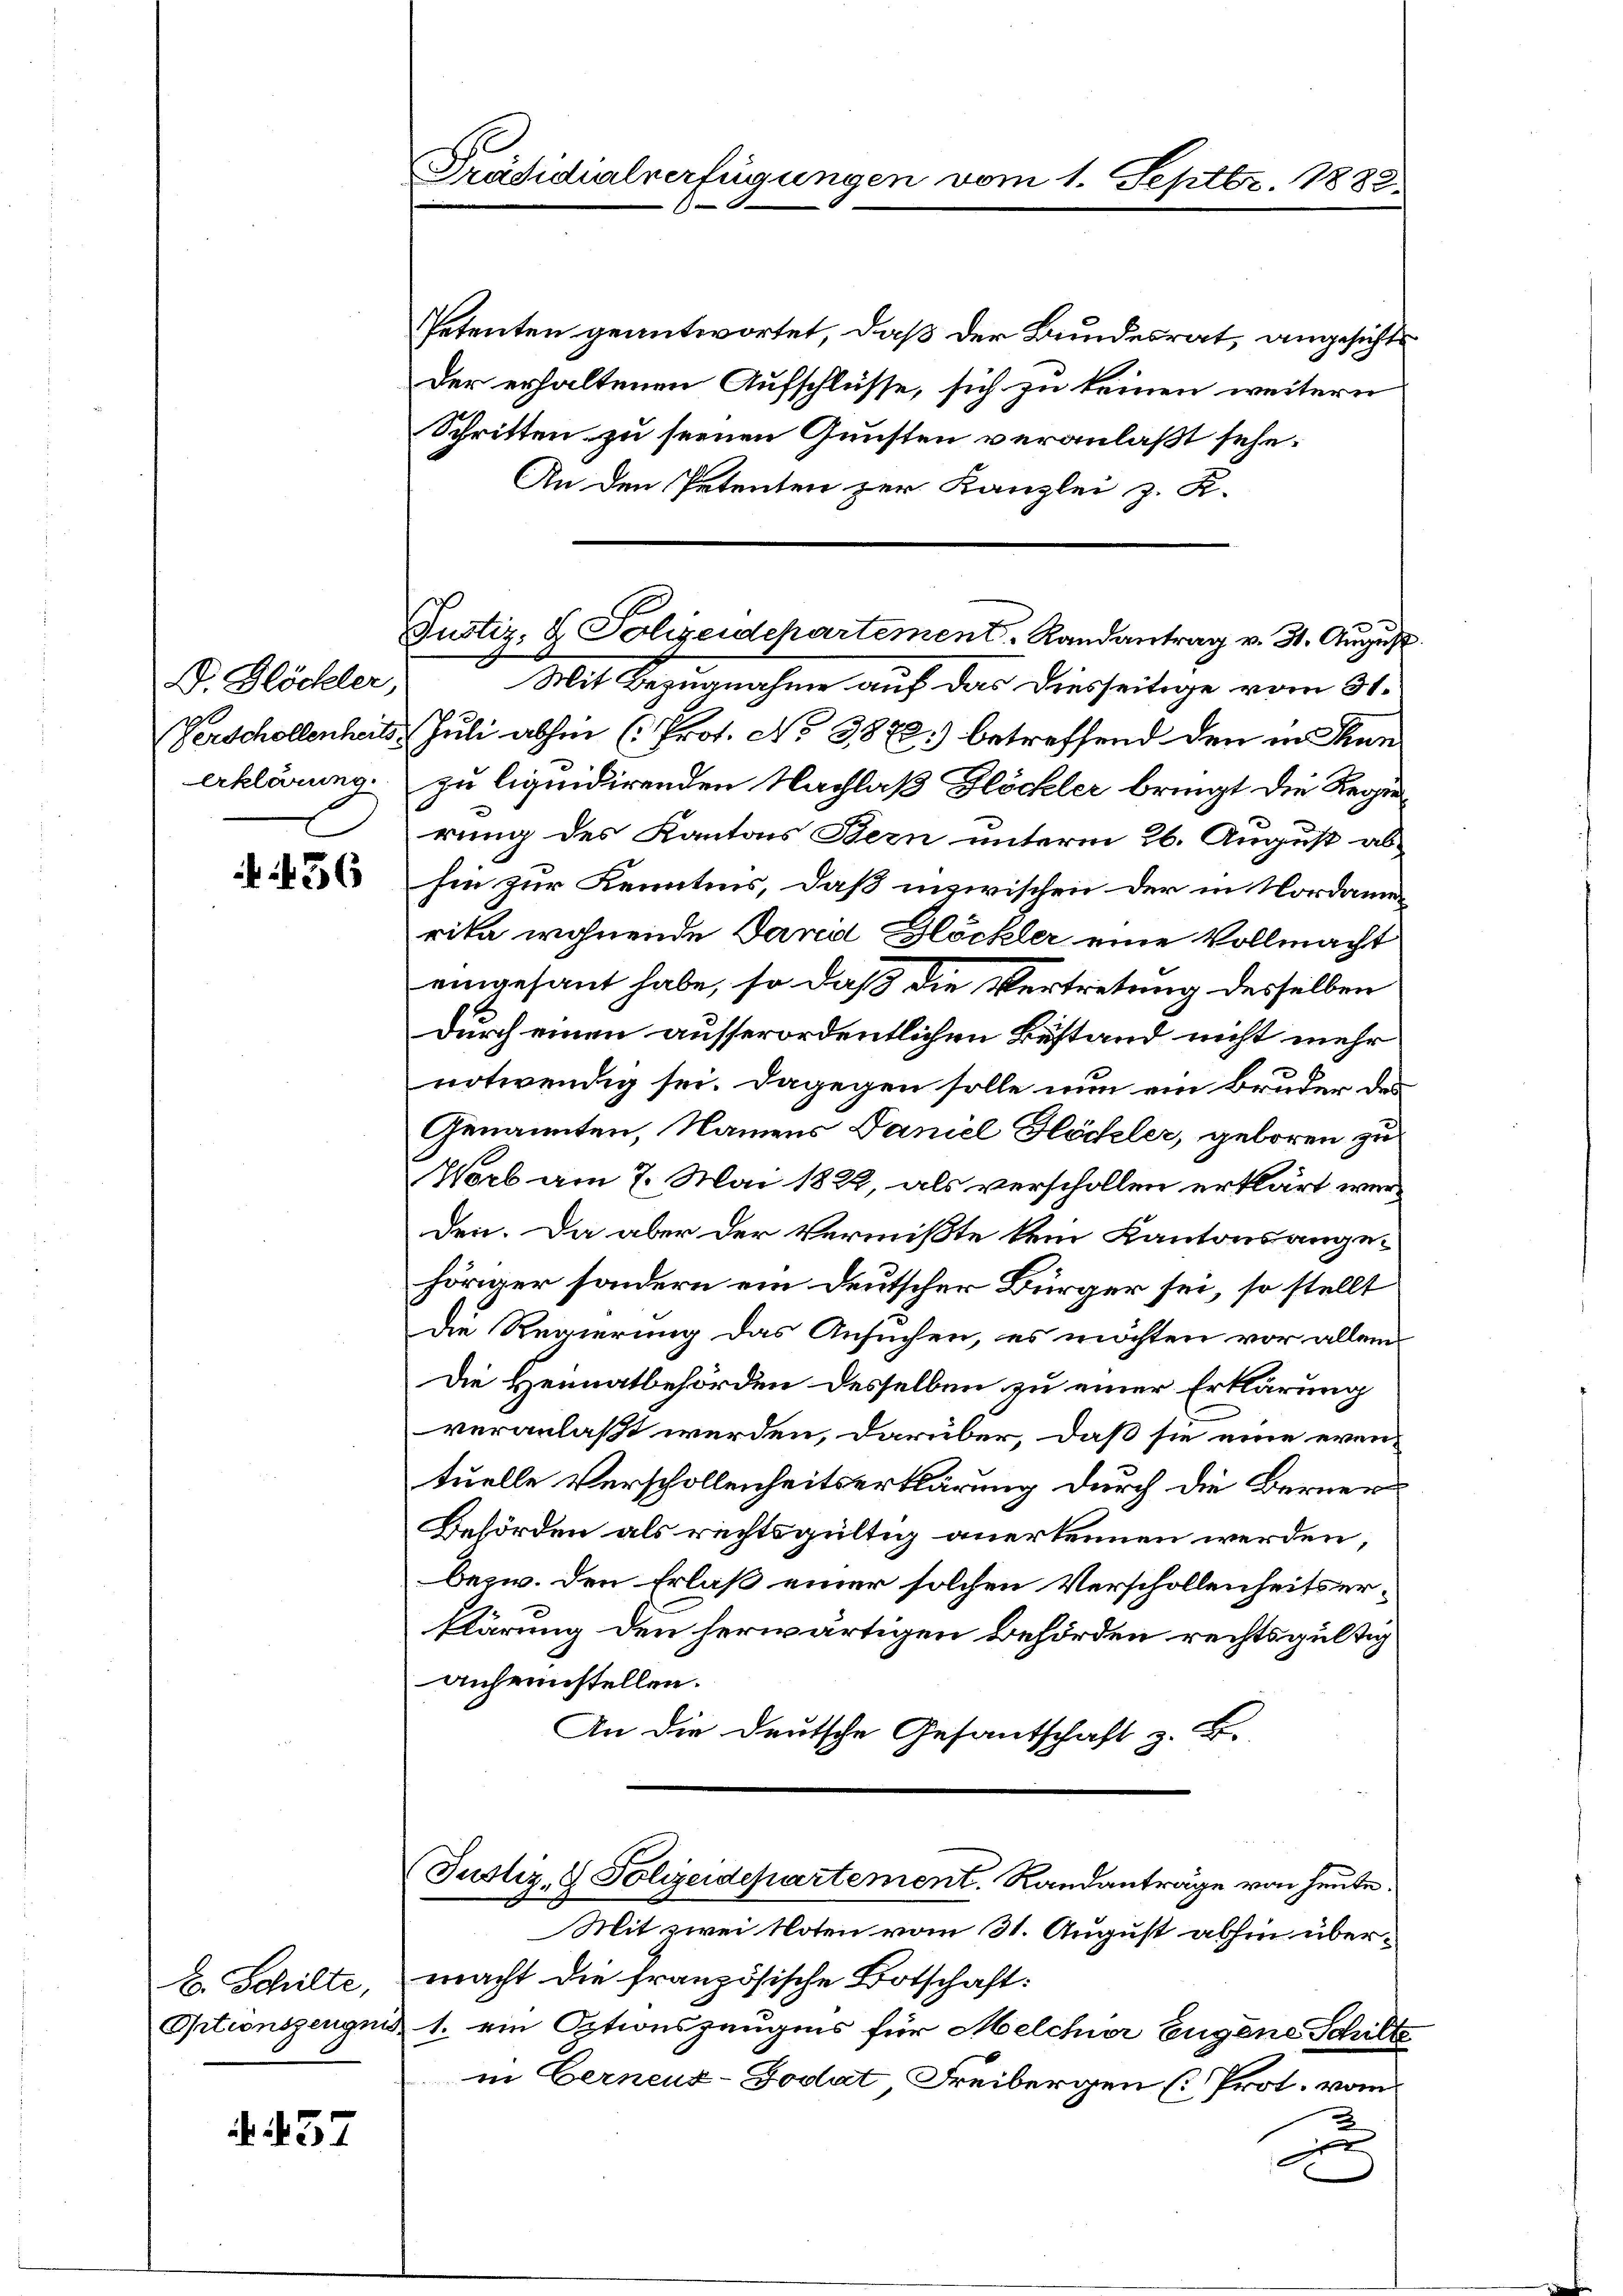
D. Glöchler,
erklärung.

456

B. Schilte,

. 457

Präsidialverfügungen vom 1. Septbr. 1882.
S.

Petenten geantwortet, daß der Bundesrat, angesichts
Der erhaltenen Aufschlüsse, sich zu keinen weitern
Schritten zu seinen Gunsten veranlaßt sehe.
An den Petenten zur Kanzlei z. R.
Mit Bezugnahme auf das diesseitige vom 31.
Verschollenheit Juli abhin (Prot. No 3872) betreffend den in Thunzu liquidirenden Nachlaß Blöckler bringt die Regie
rung des Kantons Bern unterm 26. August abhin zur Kenntnis, daß inzwischen der in Nordanrika wohnende Parei Glöckler eine Vollmacht
eingesant habe, so daß die Vertretung desselben
durch einen ausserordentlichen Bestand nicht mehr
notwendig sei. Dagegen solle nun ein Bruder des
Genannten, Namens Daniel Glöckler, geboren zu
Worb am 7. Mai 1822, als verschollen erklärt werden. Da aber der Vermißte kein Kantonsangehöriger sondern ein Deutscher Bürger sei, so stellt
die Regierung das Ansuchen, es möchten vor allem
Die Heimatbehörden desselben zu einer Erklärung
veranlaßt werden, darüber, daß sie eine even-
tuelle Verschollenheitserklärung durch die Berner
Behörden als rechtsgültig anerkennen werden,
bezw. den Erlaß einer solchen Verschollenheitserklärung den herwärtigen Behörden rechtsgültig
anheimstellen.
An die Deutsche Gesantschaft z. B.
Justiz- & Polizeidepartement. Randanträge von heute.
Mit zwei Noten vom 31. August abhin übermacht die französische Botschaft:
Optionszeugnis 1. ein Optionszeugens für Melchior Eugene Schilte
in Eerneuz-Godat, Freibergen [Prot. vom
x

Justiz- & Polizeidepartement Randantrag v. 31. August